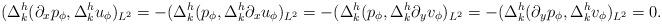
LaTeX: \begin{align*}(\Delta ^h_k(\partial_xp_\phi,\Delta^h_ku_\phi)_{L^2}=-(\Delta ^h_k(p_\phi,\Delta^h_k\partial_xu_\phi)_{L^2}=-(\Delta ^h_k(p_\phi,\Delta^h_k\partial_yv_\phi)_{L^2}=-(\Delta ^h_k(\partial_yp_\phi,\Delta^h_kv_\phi)_{L^2}=0.\end{align*}